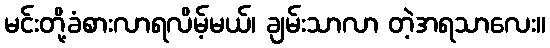
မင်းတို့ခံစားလာရလိမ့်မယ်၊ ချမ်းသာလာ တဲ့အရသာလေး။